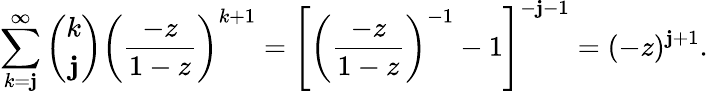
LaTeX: \sum_{k=\mathbf{j}}^{\infty}{\binom{k}{\mathbf{j}}}\left({\frac{{-z}}{{1-z}}}\right)^{k+1}=\left[\left({\frac{{-z}}{{1-z}}}\right)^{-1}-1\right]^{-\mathbf{j}-1}=(-z)^{\mathbf{j}+1}.